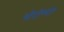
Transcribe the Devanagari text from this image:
स्टैटोस्पोर